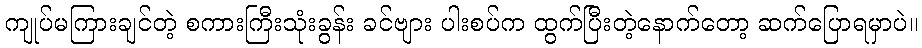
ကျုပ်မကြားချင်တဲ့ စကားကြီးသုံးခွန်း ခင်ဗျား ပါးစပ်က ထွက်ပြီးတဲ့နောက်တော့ ဆက်ပြောရမှာပဲ။